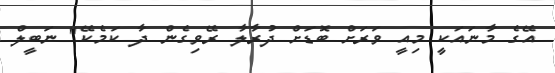
އޭގެ މާނައަކީ މިއީ ވަރަށް ބޮޑަށް ދުރާލާ ރޭވިގެން ދާ ކަމެކޭ" ނަބީލް